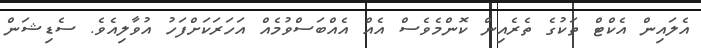
އެލައިން އެކްޓް ތަކުގެ ތެރެއިން ކޮންމެވެސް އެއް އެއްބަސްވުމެއް އަަހަރަކަށްފަހު އުވާލިއެވެ. ސެޑިޝަން